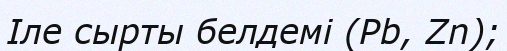
Іле сырты белдемі (Рb, Zn);